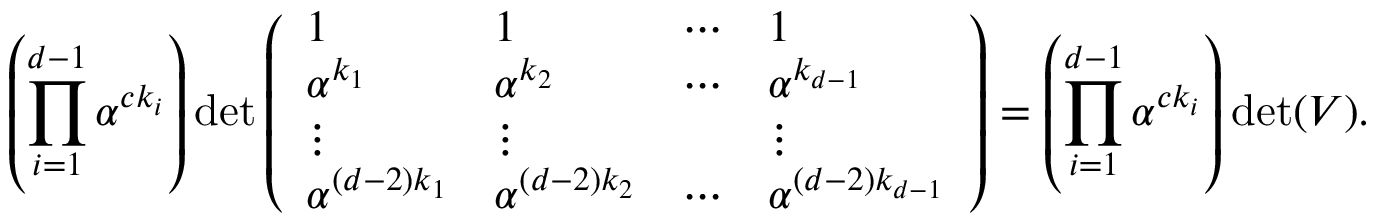
\left( \prod _ { i = 1 } ^ { d - 1 } \alpha ^ { c k _ { i } } \right) \operatorname* { d e t } { \left( \begin{array} { l l l l } { 1 } & { 1 } & { \cdots } & { 1 } \\ { \alpha ^ { k _ { 1 } } } & { \alpha ^ { k _ { 2 } } } & { \cdots } & { \alpha ^ { k _ { d - 1 } } } \\ { \vdots } & { \vdots } & & { \vdots } \\ { \alpha ^ { ( d - 2 ) k _ { 1 } } } & { \alpha ^ { ( d - 2 ) k _ { 2 } } } & { \cdots } & { \alpha ^ { ( d - 2 ) k _ { d - 1 } } } \end{array} \right) } = \left( \prod _ { i = 1 } ^ { d - 1 } \alpha ^ { c k _ { i } } \right) \operatorname* { d e t } ( V ) .